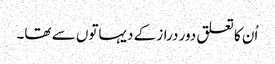
اُن کا تعلق دور دراز کے دیہاتوں سے تھا۔